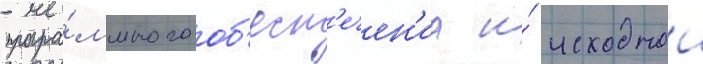
програ́ммного об'есп'ечен'иа и́ исходнои